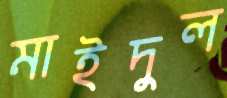
মাইদুল